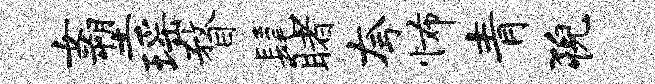
女塑瑶瞀髦睹夸怖青猊